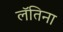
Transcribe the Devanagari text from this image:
लॅतिना